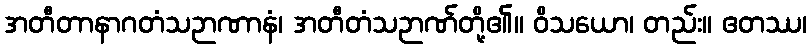
အတီတာနာဂတံသဉာဏာနံ၊ အတီတံသဉာဏ်တို့၏။ ဝိသယော၊ တည်း။ ဧတဿ၊